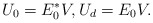
\begin{align*}U_0 = E^*_0V, U_d = E_0V.\end{align*}